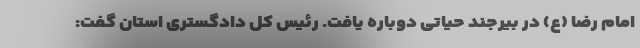
امام رضا (ع) در بیرجند حیاتی دوباره یافت. رئیس کل دادگستری استان گفت: